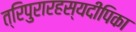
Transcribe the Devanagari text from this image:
त्रिपुरारहस्यदीपिका